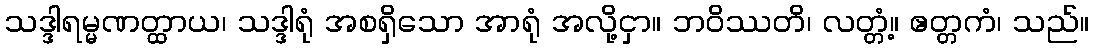
သဒ္ဒါရမ္မဏတ္ထာယ၊ သဒ္ဒါရုံ အစရှိသော အာရုံ အလို့ငှာ။ ဘဝိဿတိ၊ လတ္တံ့။ ဧတ္တကံ၊ သည်။